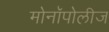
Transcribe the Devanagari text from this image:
मोनॉपोलीज